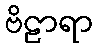
ဗိဠာရာ